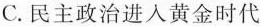
C.民主政治进入黄金时代